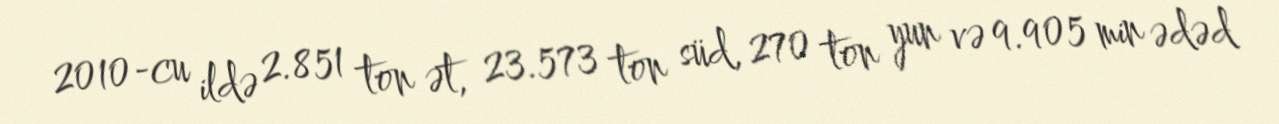
2010-cu ildə 2.851 ton ət, 23.573 ton süd, 270 ton yun və 9.905 min ədəd